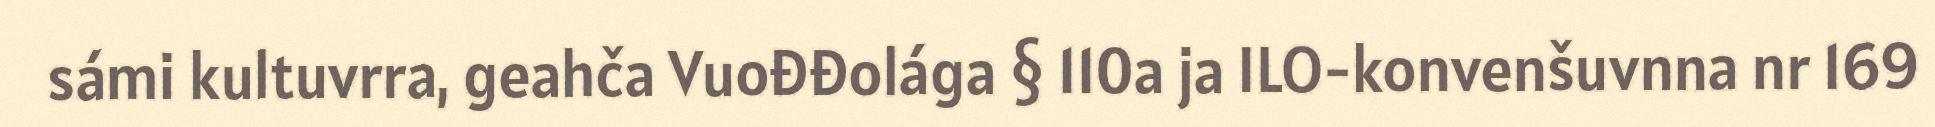
sámi kultuvrra, geahča Vuođđolága § 110a ja ILO-konvenšuvnna nr 169